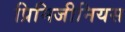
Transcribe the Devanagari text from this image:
प्रिमिजीनियस